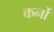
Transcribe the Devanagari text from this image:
कर्नो